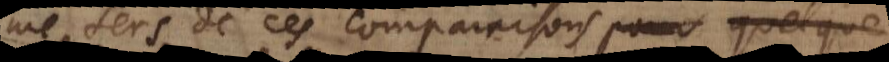
me sers de ces comparaisons pour quelque